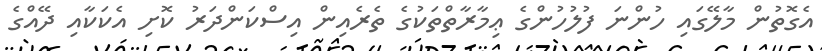
އެގޮތުން މާލޭގައި ހުންނަ ފުލުހުންގެ ޢިމާރާތްތަކުގެ ތެރެއިން އިސްކަންދަރު ކޮށި އެކަކާއި ދޭއްގެ